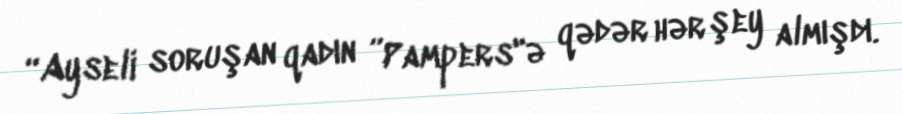
“Ayseli soruşan qadın ”Pampers"ə qədər hər şey almışdı.